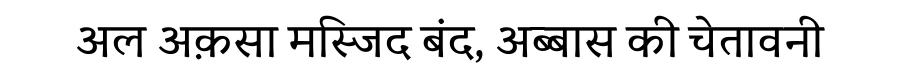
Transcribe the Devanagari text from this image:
अल अक़सा मस्जिद बंद, अब्बास की चेतावनी